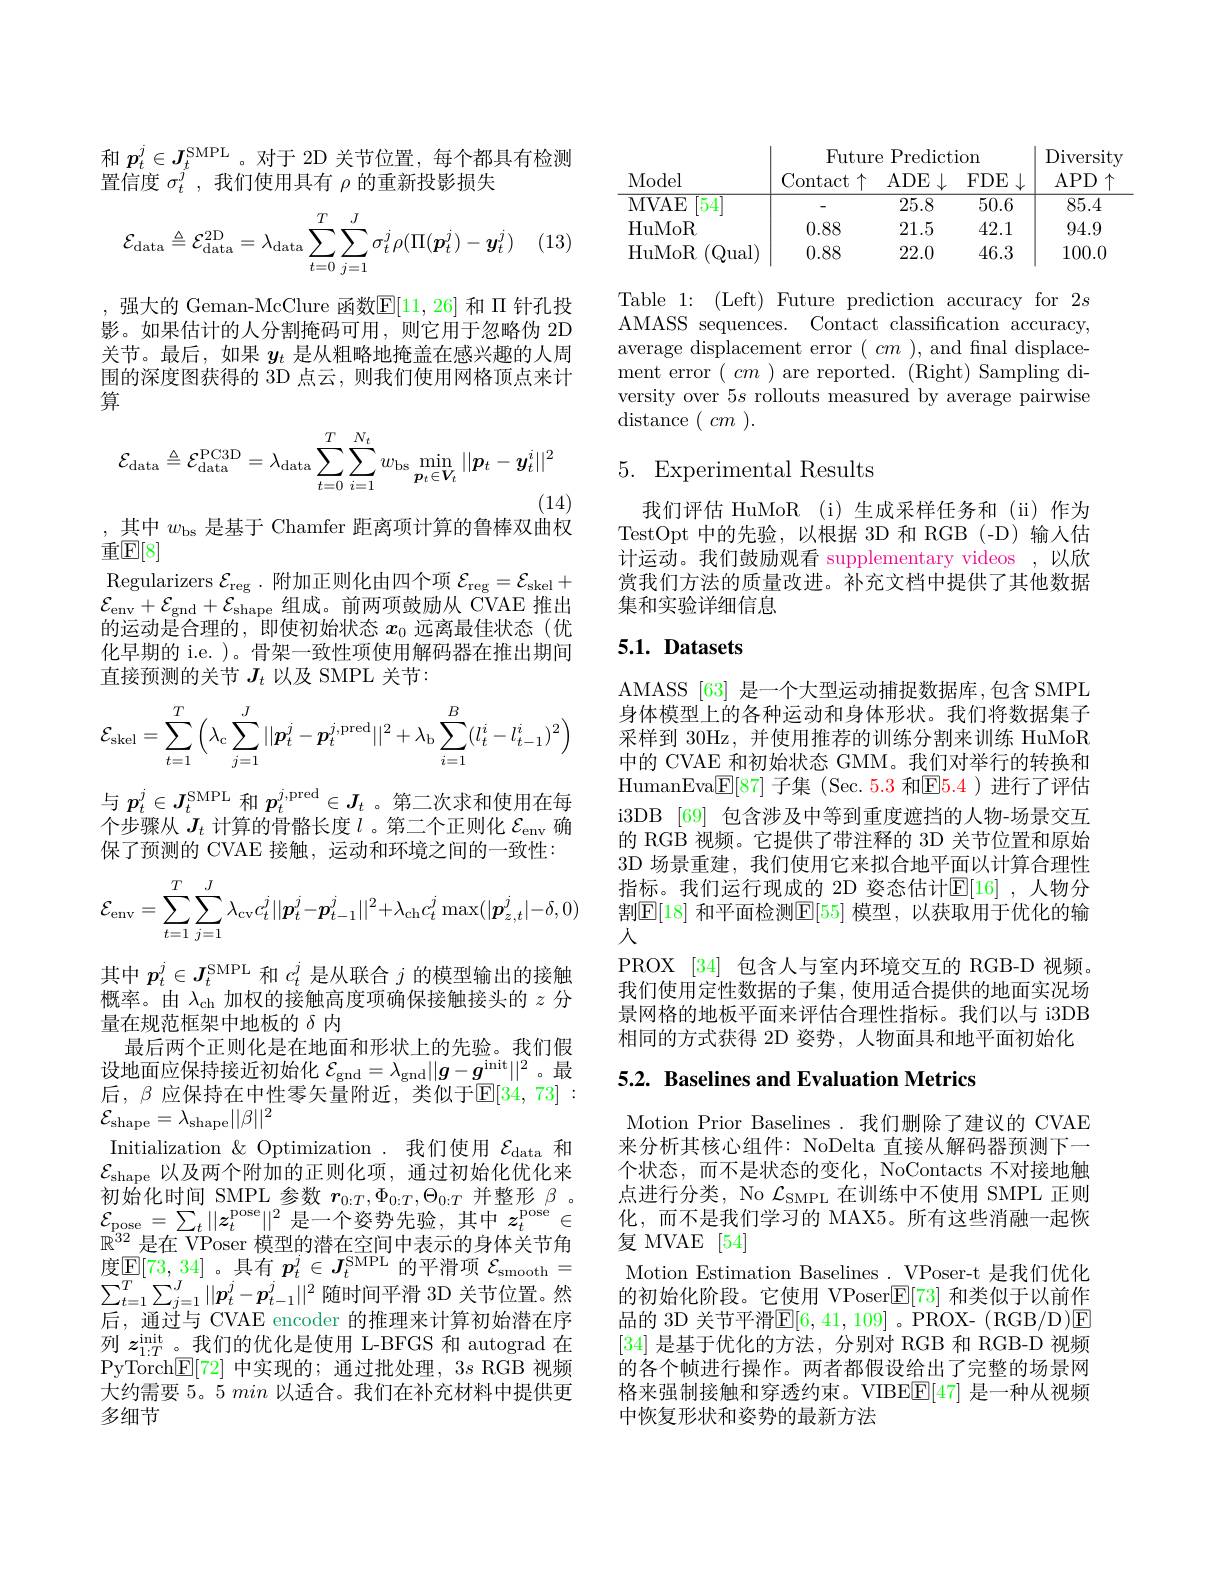
$\begin{array}{l}\text{和 }p_{t}^{j}\in J_{t}^{\mathrm{SMPL}}\text{。对于 2D 关节位置，每个都具有检测}\\\text{置信度 }\sigma_{t}^{j},\text{ 我们使用具有 }\rho\text{ 的重新投影损失}\end{array}$
$$\mathcal{E}_{\mathrm{data}}\triangleq\mathcal{E}_{\mathrm{data}}^{\mathrm{2D}}=\lambda_{\mathrm{data}}\sum_{t=0}^{T}\sum_{j=1}^{J}\sigma_{t}^{j}\rho(\Pi(\boldsymbol{p}_{t}^{j})-\boldsymbol{y}_{t}^{j})$$
,强大的 Geman-McClure 函数$\mathbb{E}[11,26]$和$\Pi$针孔投影。如果估计的人分割掩码可用，则它用于忽略伪 2D 关节。最后，如果$y_t$是从粗略地掩盖在感兴趣的人周围的深度图获得的 3D 点云，则我们使用网格顶点来计算
$$\mathcal{E}_{\mathrm{data}}\triangleq\mathcal{E}_{\mathrm{data}}^{\mathrm{PC3D}}=\lambda_{\mathrm{data}}\sum_{t=0}^{T}\sum_{i=1}^{N_{t}}w_{\mathrm{bs}}\min_{\boldsymbol{p}_{t}\in\boldsymbol{V}_{t}}||\boldsymbol{p}_{t}-\boldsymbol{y}_{t}^{i}||^{2}$$
其中$w_\mathrm{bs}$是基于 Chamfer 距离项计算的鲁棒双曲权

重$\mathbb{E}[8]$
Regularizers $\mathcal{E}_\mathrm{reg}.$附加正则化由四个项$\mathcal{E}_\mathrm{reg}=\mathcal{E}_\mathrm{skel}+$ $\mathcal{E}_{\mathrm{env}}+\mathcal{E}_{\mathrm{gnd}}+\mathcal{E}_{\mathrm{shape}}$组成。前两项鼓励从 CVAE 推出的运动是合理的，即使初始状态$x_0$远离最佳状态(优化早期的 i.e. )。骨架一致性项使用解码器在推出期间直接预测的关节$J_t$以及 SMPL 关节：
$$\mathcal{E}_{\mathrm{skel}}=\sum_{t=1}^T\left(\lambda_\mathrm{c}\sum_{j=1}^J||\boldsymbol{p}_t^j-\boldsymbol{p}_t^j,\mathrm{pred}||^2+\lambda_\mathrm{b}\sum_{i=1}^B(l_t^i-l_{t-1}^i)^2\right)$$
$$\mathcal{E}_{\mathrm{env}}=\sum_{t=1}^T\sum_{j=1}^J\lambda_\mathrm{cv}c_t^j||\boldsymbol{p}_t^j-\boldsymbol{p}_{t-1}^j||^2+\lambda_\mathrm{ch}c_t^j\max(|\boldsymbol{p}_{z,t}^j|-\delta,0)$$
与$p_t^j\in J_t^\mathrm{SMPL}$和$p_t^{j,\mathrm{pred}}\in J_t$ 。第二次求和使用在每个步骤从$J_t$计算的骨骼长度$l$ 。第二个正则化$\mathcal{E}_\mathrm{env}$确保了预测的 CVAE 接触，运动和环境之间的一致性： 其中$p_t^j\in J_t^\mathrm{SMPL}$和$c_t^j$是从联合$j$的模型输出的接触概率。由$\lambda_\mathrm{ch}$加权的接触高度项确保接触接头的$z$分量在规范框架中地板的$\delta$内
最后两个正则化是在地面和形状上的先验。我们假设地面应保持接近初始化$\mathcal{E}_\mathrm{gnd}=\lambda_\mathrm{gnd}||g-g^\mathrm{init}||^2$ 。最后，$\beta$应保持在中性零矢量附近，类似于$\mathbb{E}[34,73]:$ $\mathcal{E}_{\mathrm{shape}}=\lambda_{\mathrm{shape}}||\beta||^2$
Initialization & Optimization . 我们使用$\mathcal{E}_\mathrm{data}$和$\mathcal{E}_{\mathrm{shape}}$以及两个附加的正则化项，通过初始化优化来初始化时间 SMPL 参数$r_{0:T},\Phi_{0:T},\Theta_{0:T}$并整形$\beta$ 。$\mathcal{E}_{\mathrm{pose}}=\sum_{t}\|z_{t}^{\mathrm{pose}}\|^{2}$是一个姿势先验，其中$z_t^\mathrm{pose}\in$ $\mathbb{R}^{32}$是在 VPoser 模型的潜在空间中表示的身体关节角度 [ E[ 73, 34] 。具 有 $p_{t}^{j}\in J_{t}^{\mathrm{SMPL}}$的 平 滑 项 $\mathcal{E} _{\mathrm{smooth}}=$ $\sum _{t= 1}^{T}\sum _{j= 1}^{J}| | p_{t}^{j}- p_{t- 1}^{j}| | ^{2}$随 时 间 平 滑 3D 关 节 位 置 。然 一 个 为 中 上后，通过与 CVAE encoder 的推理来计算初始潜在序列$z_{1:T}^\mathrm{init}$。我们的优化是使用 L-BFGS 和 autograd 在PyTorch$\underline{\mathrm{E}}[72]$中实现的；通过批处理，3s RGB 视频大约需要 5。5 min以适合。我们在补充材料中提供更多细节

<table>
	<tbody>
		<tr>
			<th>Model</th>
			<th>Futur Contact</th>
			<th>Predicti $re$ $ADE$ 11</th>
			<th>ion $FDE$</th>
			<th>Diversit APD</th>
		</tr>
		<tr>
			<td>54 MVAE</td>
			<td> </td>
			<td>25.8</td>
			<td>50.6</td>
			<td>85.4</td>
		</tr>
		<tr>
			<td>HuMoR</td>
			<td>0.88</td>
			<td>21.5</td>
			<td>42.1</td>
			<td>94.9</td>
		</tr>
		<tr>
			<td>HuMoR (Qual)</td>
			<td>0.88</td>
			<td>22.0</td>
			<td>46.3</td>
			<td>100.0</td>
		</tr>
	</tbody>
</table>

Table 1: (Left) Future prediction accuracy for 2s AMASS sequences. Contact classification accuracy, average displacement error $(\begin{array}{c}cm\end{array})$, and final displacement error $(\begin{array}{c}cm\end{array})$are reported.(Right)Sampling diversity over $5s$ rollouts measured by average pairwise distance$(\begin{array}{c}cm\end{array}).$

# 5. Experimental Results

我们评估 HuMoR (i)生成采样任务和 (ii)作为TestOpt 中的先验，以根据 3D 和 RGB(-D) 输人估计运动。我们鼓励观看 supplementary videos ,以欣赏我们方法的质量改进。补充文档中提供了其他数据集和实验详细信息

## $5. 1. \textbf{ Datasets}$

AMASS [63] 是一个大型运动捕捉数据库，包含 SMPL 身体模型上的各种运动和身体形状。我们将数据集子采样到 30Hz, 并使用推荐的训练分割来训练 HuMoR 中的 CVAE 和初始状态 GMM。我们对举行的转换和HumanEva$\underline {{\mathrm{F} }}[ 87]$ 子集 (Sec. 5.3 和$\underline{{\mathrm{F}}}5.4)$ 进行了评估i3DB [69] 包含涉及中等到重度遮挡的人物-场景交互的 RGB 视频。它提供了带注释的 3D 关节位置和原始3D 场景重建，我们使用它来拟合地平面以计算合理性指标。我们运行现成的 2D 姿态估计$\mathbb{E}[16]$ ,人物分割$\mathbb{E}[18]$ 和平面检测$\mathbb{E}[55]$ 模型，以获取用于优化的输人
PROX [34] 包含人与室内环境交互的 RGB-D 视频我们使用定性数据的子集，使用适合提供的地面实况场景网格的地板平面来评估合理性指标。我们以与 i3DB 相同的方式获得 2D 姿势，人物面具和地平面初始化

## 5.2. Baselines and Evaluation Metrics

Motion Prior Baselines .我们删除了建议的 CVAE 来分析其核心组件：NoDelta 直接从解码器预测下一个状态，而不是状态的变化，NoContacts 不对接地触点进行分类，No $\mathcal{L}_\mathrm{SMPL}$在训练中不使用 SMPL 正则化，而不是我们学习的 MAX5。所有这些消融一起恢复 MVAE [54]
Motion Estimation Baselines. VPoser-t 是我们优化的初始化阶段。它使用 VPoser$\mathbb{E}[73]$和类似于以前作品的 3D 关节平滑$\mathbb{E}[6,41,109]$ 。PROX- ( RGB/D)E [34]是基于优化的方法，分别对 RGB 和 RGB-D 视频的各个帧进行操作。两者都假设给出了完整的场景网格来强制接触和穿透约束。VIBE$\underline{\mathrm{E}}[47]$是一种从视频中恢复形状和姿势的最新方法